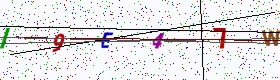
Text: I9E47W